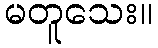
မတူသေး။